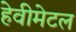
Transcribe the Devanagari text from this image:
हेवीमेटल